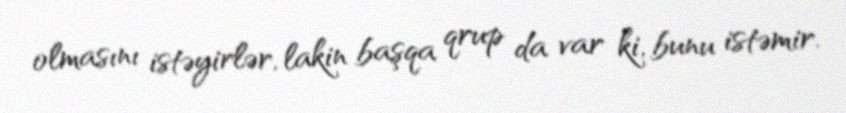
olmasını istəyirlər, lakin başqa qrup da var ki, bunu istəmir.